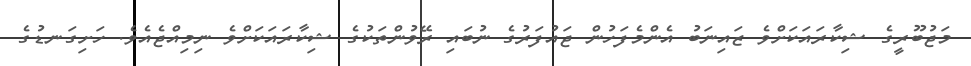
މަޖުބޫރީގެ ޝިކާރައަކަށްވެ ޒައިނަބު އެންމެފަހުން ޖައުފަރުގެ ނުބައި ރޭވުންތަކުގެ ޝިކާރައަކަށްވެ ނިމިއްޖެއެވެ. ހަށިގަނޑުގެ